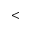
<